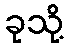
ခုသို့